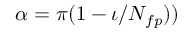
\alpha = \pi ( 1 - \iota / N _ { f p } ) )